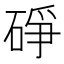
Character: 碀